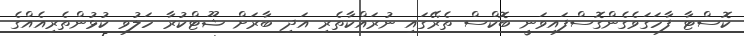
ކޮސްޓާ ފާހަގަވެގެންގޮސްފައިވަނީ ބޮކްސް ތެރޭގައި ނުރައްކާތެރި އަދި ބާރަށް ޝޫޓްކުރާ ހަލުވި ކުޅުންތެރިއެއްގެ